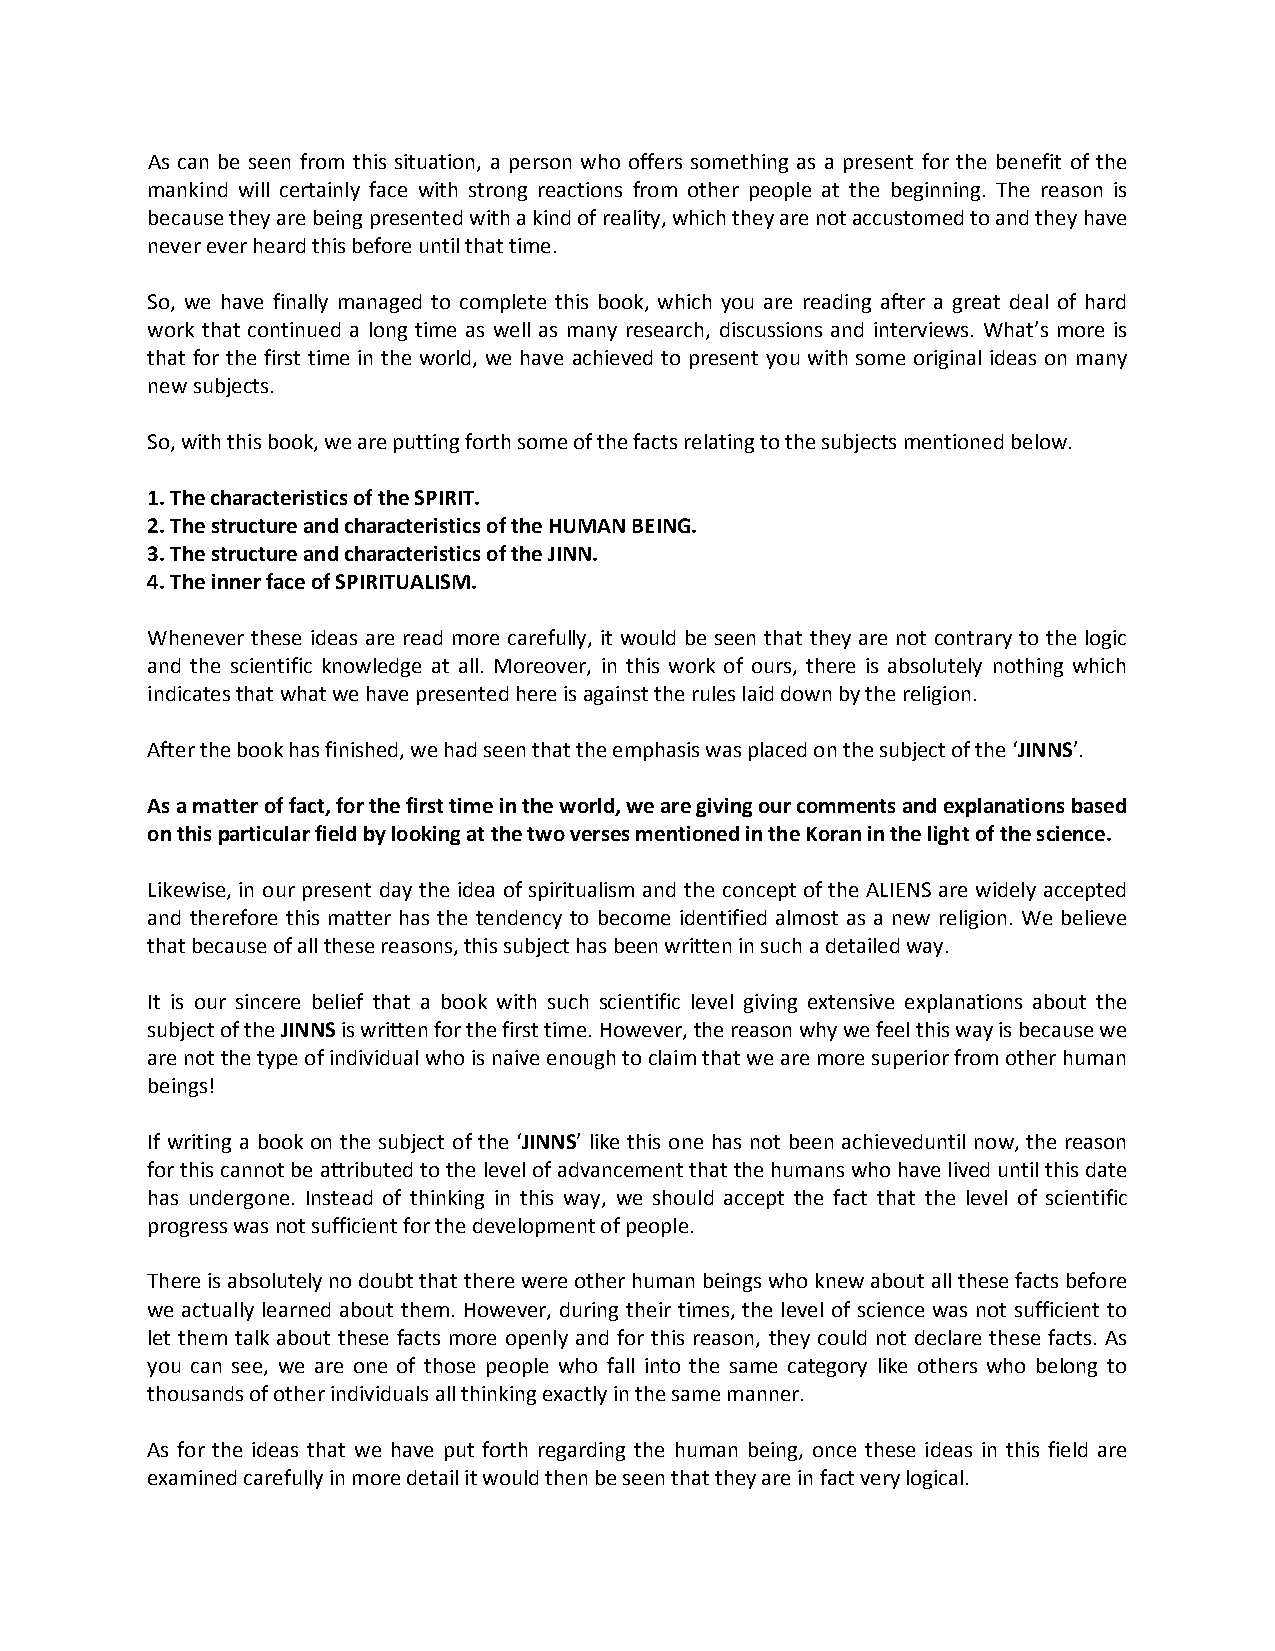
As can be seen from this situation, a person who offers something as a present for the benefit of the
 mankind will certainly face with strong reactions from other people at the beginning. The reason is
 because they are being presented with a kind of reality, which they are not accustomed to and they have
 never ever heard this before until that time.
 So, we have finally managed to complete this book, which you are reading after a great deal of hard
 work that continued a long time as well as many research, discussions and interviews. What’s more is
 that for the first time in the world, we have achieved to present you with some original ideas on many
 new subjects.
 So, with this book, we are putting forth some of the facts relating to the subjects mentioned below.
 1. The characteristics of the SPIRIT.
 2. The structure and characteristics of the HUMAN BEING.
 3. The structure and characteristics of the JINN.
 4. The inner face of SPIRITUALISM.
 Whenever these ideas are read more carefully, it would be seen that they are not contrary to the logic
 and the scientific knowledge at all. Moreover, in this work of ours, there is absolutely nothing which
 indicates that what we have presented here is against the rules laid down by the religion.
 After the book has finished, we had seen that the emphasis was placed on the subject of the ‘JINNS’.
 As a matter of fact, for the first time in the world, we are giving our comments and explanations based
 on this particular field by looking at the two verses mentioned in the Koran in the light of the science.
 Likewise, in our present day the idea of spiritualism and the concept of the ALIENS are widely accepted
 and therefore this matter has the tendency to become identified almost as a new religion. We believe
 that because of all these reasons, this subject has been written in such a detailed way.
 It is our sincere belief that a book with such scientific level giving extensive explanations about the
 subject of the JINNS is written for the first time. However, the reason why we feel this way is because we
 are not the type of individual who is naive enough to claim that we are more superior from other human
 beings!
 If writing a book on the subject of the ‘JINNS’ like this one has not been achieveduntil now, the reason
 for this cannot be attributed to the level of advancement that the humans who have lived until this date
 has undergone. Instead of thinking in this way, we should accept the fact that the level of scientific
 progress was not sufficient for the development of people.
 There is absolutely no doubt that there were other human beings who knew about all these facts before
 we actually learned about them. However, during their times, the level of science was not sufficient to
 let them talk about these facts more openly and for this reason, they could not declare these facts. As
 you can see, we are one of those people who fall into the same category like others who belong to
 thousands of other individuals all thinking exactly in the same manner.
 As for the ideas that we have put forth regarding the human being, once these ideas in this field are
 examined carefully in more detail it would then be seen that they are in fact very logical.